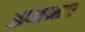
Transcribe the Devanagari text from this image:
आय्यन्नार